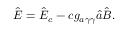
\hat { \boldsymbol E } = \hat { \boldsymbol E } _ { c } - c g _ { a \gamma \gamma } \hat { a } \hat { \boldsymbol B } .